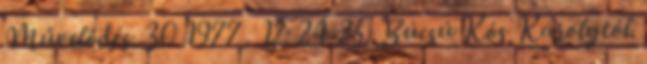
Művelődés. 30 1977 . 12: 24-25. Búcsú Kós Károlytól.